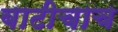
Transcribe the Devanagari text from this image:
बाटीचाच